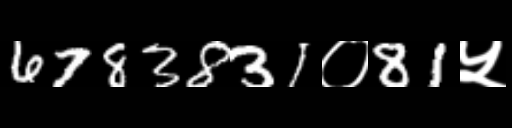
Text: 6783831०81५